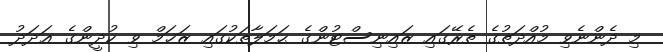
މި ދެންނެވި މުއްދަތުގެ ތެރޭގައި ޒައިނިސްޓުންގެ ޙަމަލާތަކުގައި ޒަޚަމް ވި ކުދީންގެ ޢަދަދު